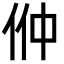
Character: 㑖